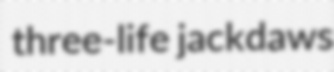
three-life jackdaws